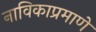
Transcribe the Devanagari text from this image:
नाविकाप्रमाणे